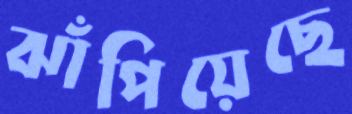
ঝাঁপিয়েছে